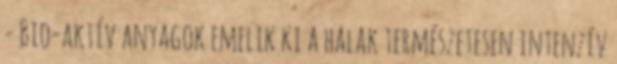
- Bio-aktív anyagok emelik ki a halak természetesen intenzív